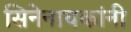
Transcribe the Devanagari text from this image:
सिनेनायकांनी